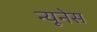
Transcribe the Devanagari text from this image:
न्यूनेस